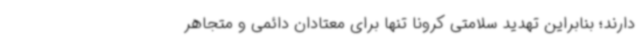
دارند؛ بنابراین تهدید سلامتی کرونا تنها برای معتادان دائمی و متجاهر